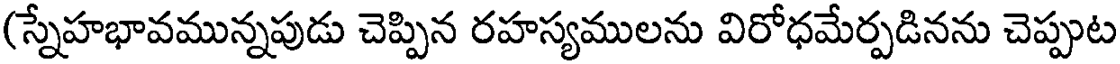
(స్నేహభావమున్నపుడు చెప్పిన రహస్యములను విరోధమేర్పడినను చెప్పుట